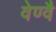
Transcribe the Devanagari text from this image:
वेण्वै